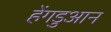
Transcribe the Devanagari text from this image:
हेंगडुआन